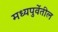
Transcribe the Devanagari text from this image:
मध्यपुर्वेतील